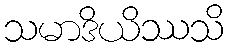
သမာဒိယိဿသိ